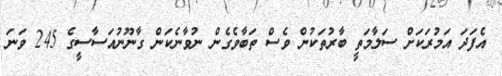
އެފަދަ އަމުރަކަށް ސަލާމަތީ ބާރުތަކުން ވެސް ތަބާވެގެން ނުވާނެކަން ގާނޫނުއަސާސީގެ 245 ވަނަ